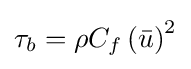
\tau _{b}=\rho C_{f}\left({\bar {u}}\right)^{2}